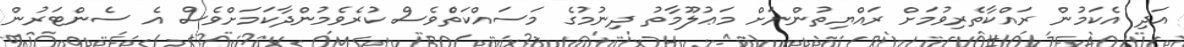
އަދި އެކަމުން ރައްކާތެރިވުމަށް ރައްޔިތުންނަށް މަޢުލޫމާތު ދިނުމުގެ މަސައްކަތްެވެސް ކުރެވެމުންދާކަމަށްވެސް އެ ސެންޓަރުން